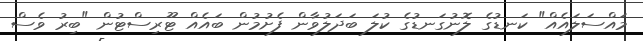
މައްސަލައެއް" ކަނޑުގެ ލޮނުގަނޑުގެ ކުލަ ބަދަލުވާން ފެށުމުން ބައެއް ޓޫރިސްޓުން "ބިރު ވެސް